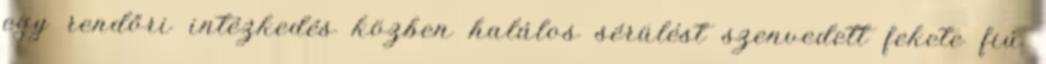
egy rendőri intézkedés közben halálos sérülést szenvedett fekete fiú